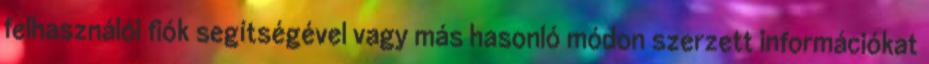
felhasználói fiók segítségével vagy más hasonló módon szerzett információkat